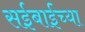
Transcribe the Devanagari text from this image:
सईबाईंच्या